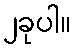
၂ခုပါ။